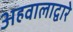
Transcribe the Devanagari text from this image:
अहवालाद्वारे